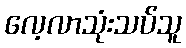
လေ့လာသုံးသပ်သူ